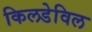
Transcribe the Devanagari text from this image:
किलडेविल